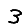
Digit: 3